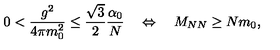
0 < \frac { g ^ { 2 } } { 4 \pi m _ { 0 } ^ { 2 } } \leq \frac { \sqrt { 3 } } { 2 } \frac { \alpha _ { 0 } } { N } \quad \Leftrightarrow \quad M _ { N N } \geq N m _ { 0 } ,